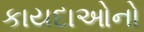
કાયદાઓનો